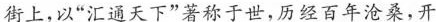
街上，以”汇通天下”著称于世，历经百年沧桑，开